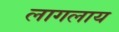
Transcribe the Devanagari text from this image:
लागलाय